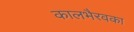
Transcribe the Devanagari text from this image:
कालभैरवका